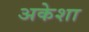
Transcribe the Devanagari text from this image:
अकेशा